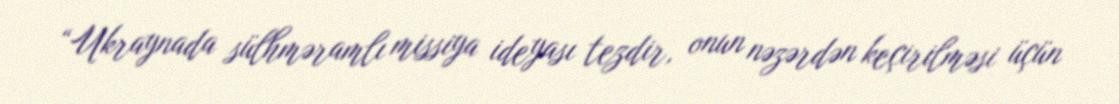
“Ukraynada sülhməramlı missiya ideyası tezdir, onun nəzərdən keçirilməsi üçün